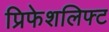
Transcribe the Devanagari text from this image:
प्रिफेशलिफ्ट